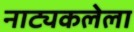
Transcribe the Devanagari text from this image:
नाट्यकलेला